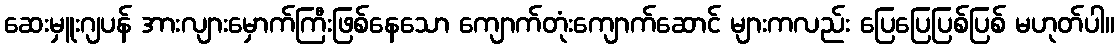
ဆေးမှူးဂျပန် အားလျားမှောက်ကြီးဖြစ်နေသော ကျောက်တုံးကျောက်ဆောင် များကလည်း ပြေပြေပြစ်ပြစ် မဟုတ်ပါ။